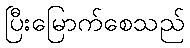
ပြီးမြောက်စေသည်